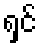
ရှင်